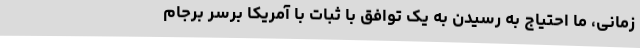
زمانی، ما احتیاج به رسیدن به یک توافق با ثبات با آمریکا برسر برجام